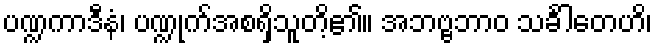
ပဏ္ဍကာဒီနံ၊ ပဏ္ဍုက်အစရှိသူတိ့၏။ အဘဗ္ဗဘာဝ သင်္ခါတေဟိ၊